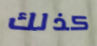
كذلك